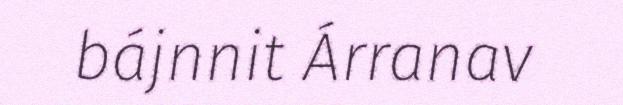
bájnnit Árranav